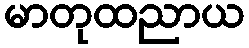
မာတုထညာယ